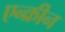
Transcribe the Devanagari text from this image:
एन्क्रीन